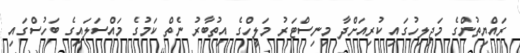
ރައްޔިތުންގެ މަޖިލިހުގައި ކުރިއަށްދާ މިނިސްޓަރު މަލީހްގެ އިތުބާރު ނެތް ކަމުގެ މައްސަލައިގެ ބަހުސްގައި